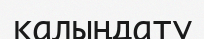
қалыңдату